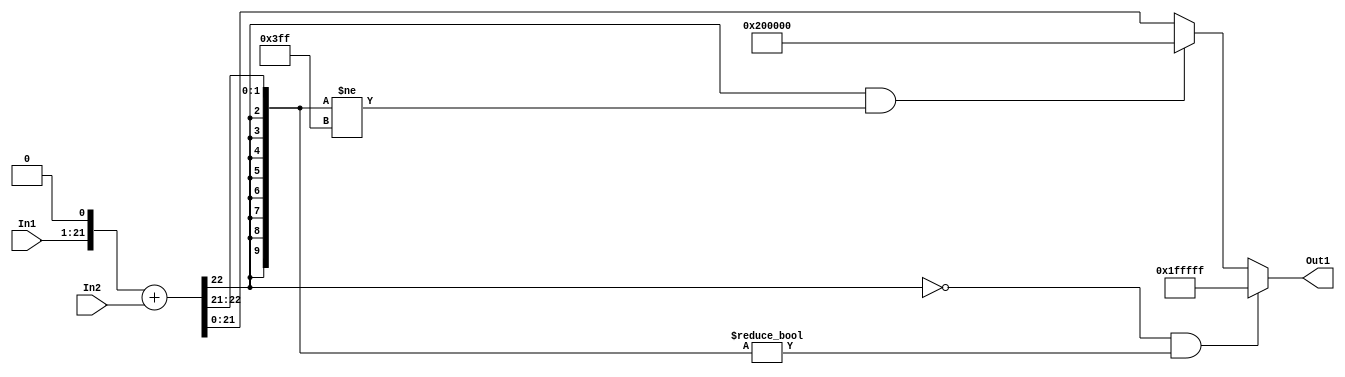
// -------------------------------------------------------------
// 
// 
// Generated by MATLAB 9.14 and HDL Coder 4.1
// 
// -------------------------------------------------------------


// -------------------------------------------------------------
// 
// Module: sumb2_1
// Source Path: FP_sub/fp model/FIR_section_1/sumb2_1
// Hierarchy Level: 2
// 
// -------------------------------------------------------------

`timescale 1 ns / 1 ns

module sumb2_1
          (In2,
           In1,
           Out1);


  input   signed [21:0] In2;  // sfix22_En14
  input   signed [20:0] In1;  // sfix21_En13
  output  signed [21:0] Out1;  // sfix22_En14


  wire signed [31:0] sumb2_add_cast;  // sfix32_En14
  wire signed [31:0] sumb2_add_cast_1;  // sfix32_En14
  wire signed [31:0] sumb2_add_temp;  // sfix32_En14
  wire signed [21:0] sumb2_out1;  // sfix22_En14


  assign sumb2_add_cast = {{10{In1[20]}}, {In1, 1'b0}};
  assign sumb2_add_cast_1 = {{10{In2[21]}}, In2};
  assign sumb2_add_temp = sumb2_add_cast + sumb2_add_cast_1;
  assign sumb2_out1 = ((sumb2_add_temp[31] == 1'b0) && (sumb2_add_temp[30:21] != 10'b0000000000) ? 22'sb0111111111111111111111 :
              ((sumb2_add_temp[31] == 1'b1) && (sumb2_add_temp[30:21] != 10'b1111111111) ? 22'sb1000000000000000000000 :
              $signed(sumb2_add_temp[21:0])));



  assign Out1 = sumb2_out1;

endmodule  // sumb2_1